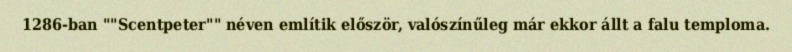
1286-ban ""Scentpeter"" néven említik először, valószínűleg már ekkor állt a falu temploma.